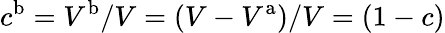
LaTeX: c^{\mathrm{b}}=V^{\mathrm{b}}/V=(V-V^{\mathrm{a}})/V=(1-c)